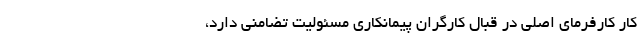
کار کارفرمای اصلی در قبال کارگرانِ پیمانکاری مسئولیت تضامنی دارد،